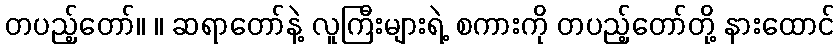
တပည့်တော်။ ။ ဆရာတော်နဲ့ လူကြီးများရဲ့ စကားကို တပည့်တော်တို့ နားထောင်